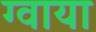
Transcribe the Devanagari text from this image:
ग्वाया